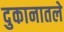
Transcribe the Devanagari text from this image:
दुकानातले